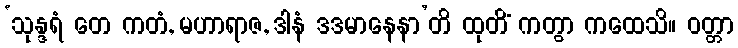
‘သုန္ဒရံ တေ ကတံ, မဟာရာဇ, ဒါနံ ဒဒမာနေနာ’တိ ထုတိံ ကတွာ ကထေသိ။ ဝတ္တာ